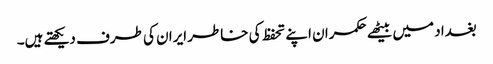
بغداد میں بیٹھے حکمران اپنے تحفظ کی خاطر ایران کی طرف دیکھتے ہیں۔